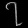
Digit: ၇